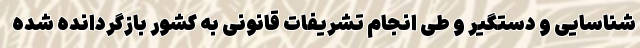
شناسایی و دستگیر و طی انجام تشریفات قانونی به کشور بازگردانده شده